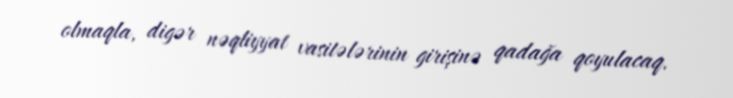
olmaqla, digər nəqliyyat vasitələrinin girişinə qadağa qoyulacaq.